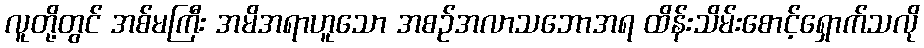
လူတို့တွင် အစ်မကြီး အမိအရာဟူသော အစဉ်အလာသဘောအရ ထိန်းသိမ်းစောင့်ရှောက်သလို